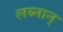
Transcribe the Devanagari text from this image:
लब्नान्